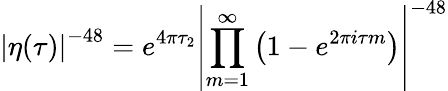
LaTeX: \left|\eta(\tau)\right|^{-48}=e^{4\pi\tau_{2}}\left|\prod_{m=1}^{\infty}\left(1-e^{2\pi i\tau m}\right)\right|^{-48}